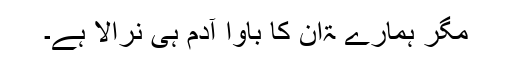
مگر ہمارے ۃان کا باوا آدم ہی نرالا ہے۔